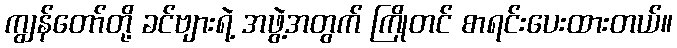
ကျွန်တော်တို့ ခင်ဗျားရဲ့ အဖွဲ့အတွက် ကြိုတင် စာရင်းပေးထားတယ်။